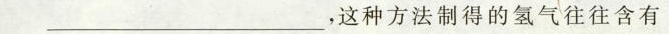
______，这种方法制得的氢气往往含有